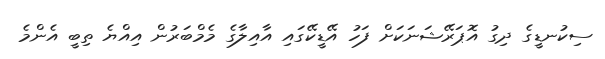
ސިކުނޑީގެ ދިގު އޮޕަރޭޝަނަކަށް ފަހު އޭޑީކޭގައި އާއިލާގެ މެމްބަރުން އިއްޔެ ތިބީ އެންމެ